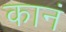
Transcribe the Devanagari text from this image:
कानं